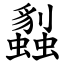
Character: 蠫